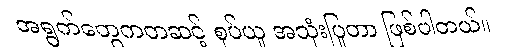
အရွက်တွေကတဆင့် စုပ်ယူ အသုံးပြုတာ ဖြစ်ပါတယ်။